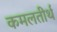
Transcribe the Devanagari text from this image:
कमलतीर्थ